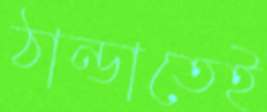
ঠান্ডাতেই